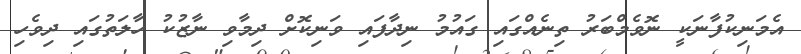
އެމަނިކުފާނަކީ ނޮވެމްބަރު ތިނެއްގައި ގައުމު ނިދާފައި ވަނިކޮށް ދިމާވި ނާޒުކު ހާލަތުގައި ދިވެހި